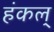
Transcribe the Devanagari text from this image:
हंकल्